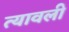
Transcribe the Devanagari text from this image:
त्यावली